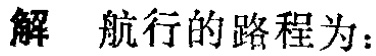
解 航行的路程为：